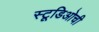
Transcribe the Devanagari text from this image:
स्टूडिओची